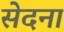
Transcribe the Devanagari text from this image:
सेदना